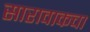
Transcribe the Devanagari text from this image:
सारावाकचा